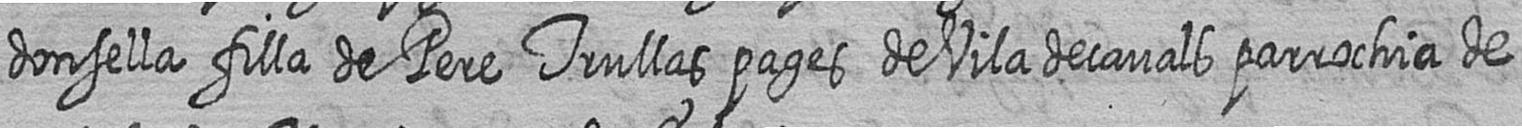
donsella filla de Pere Trullas pages de Vila decavals parrochia de